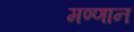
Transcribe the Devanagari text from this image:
मण्णान